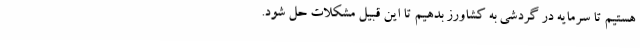
هستیم تا سرمایه در گردشی به کشاورز بدهیم تا این قبیل مشکلات حل شود.